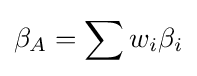
\beta _{A}=\sum w_{i}\beta _{i}